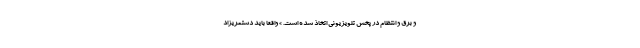
و برق و انتظام در پخش تلویزیونی اتخاذ شده است. » واقعا باید دستمریزاد